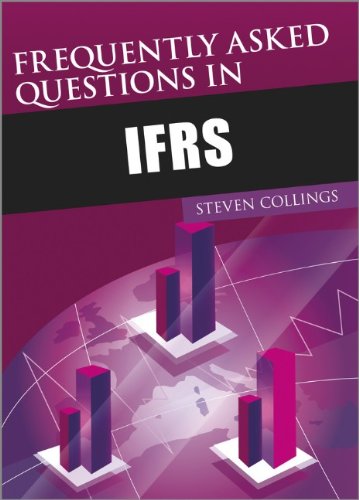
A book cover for Frequently Asked Questions in IFRS; Steven Collings; Business & Money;